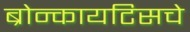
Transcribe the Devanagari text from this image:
ब्रोन्कायटिसचे